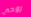
روحي